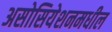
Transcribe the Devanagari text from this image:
असोसियेशनमधील